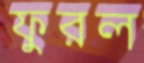
ফুরল